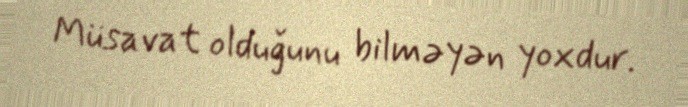
Müsavat olduğunu bilməyən yoxdur.